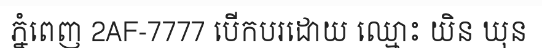
ភ្នំពេញ 2AF-7777 បើកបរដោយ ឈ្មោះ យិន ឃុន